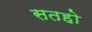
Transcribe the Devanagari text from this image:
सतहो